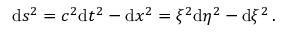
\mathrm { d } s ^ { 2 } = c ^ { 2 } \mathrm { d } t ^ { 2 } - \mathrm { d } x ^ { 2 } = \xi ^ { 2 } \mathrm { d } \eta ^ { 2 } - \mathrm { d } \xi ^ { 2 } \, .